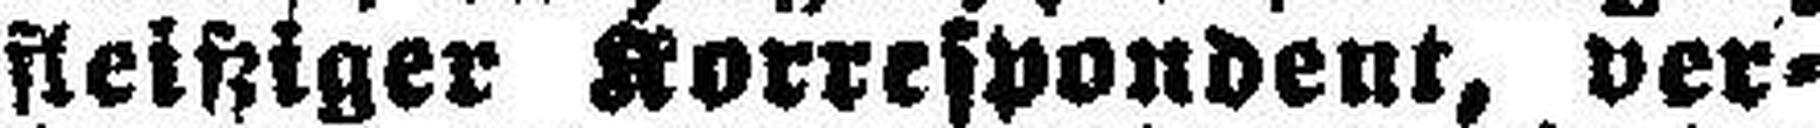
fleißiger Korrespondent, ver¬